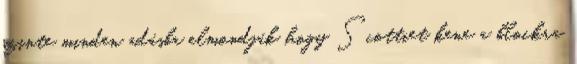
szinte minden adásba elmondják hogy Scottiet kene a blockra